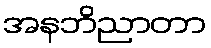
အနဘိညာတာ